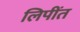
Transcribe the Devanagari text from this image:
लिपींत